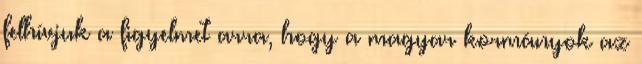
felhívjuk a figyelmet arra, hogy a magyar kormányok az